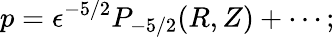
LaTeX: p=\epsilon^{-5/2}P_{-5/2}(R,Z)+\cdots;